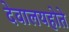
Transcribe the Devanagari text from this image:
देवालयहोते